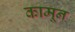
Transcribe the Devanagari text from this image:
कामून